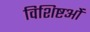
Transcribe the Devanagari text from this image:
विशिष्टओं